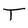
Character: T